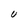
Character: U